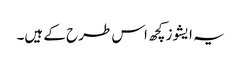
یہ ایشوز کچھ اس طرح کے ہیں۔